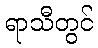
ရာသီတွင်